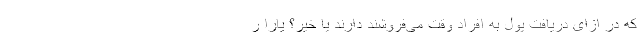
که در ازای دریافت پول به افراد وقت می‌فروشند دارند یا خیر؟ یارا ر